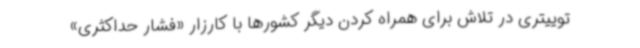
توییتری در تلاش برای همراه کردن دیگر کشورها با کارزار «فشار حداکثری»